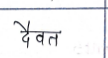
मजकूर: दैवत